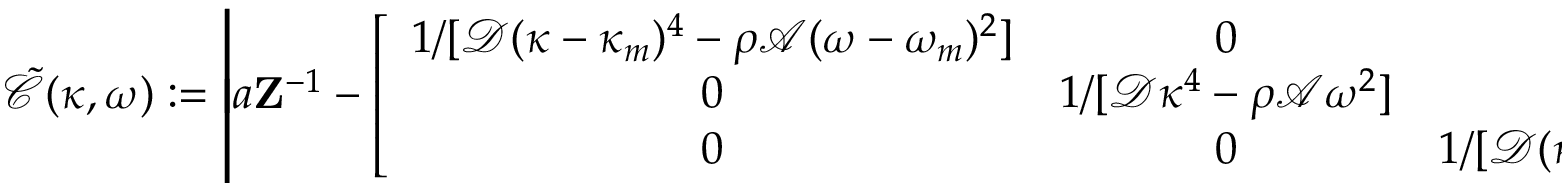
\mathcal { \tilde { C } } ( \kappa , \omega ) : = \left| a \mathbf { Z } ^ { - 1 } - \left[ \begin{array} { c c c } { 1 / [ \mathcal { D } ( \kappa - \kappa _ { m } ) ^ { 4 } - \rho \mathcal { A } ( \omega - \omega _ { m } ) ^ { 2 } ] } & { 0 } & { 0 } \\ { 0 } & { 1 / [ \mathcal { D } \kappa ^ { 4 } - \rho \mathcal { A } \omega ^ { 2 } ] } & { 0 } \\ { 0 } & { 0 } & { 1 / [ \mathcal { D } ( \kappa + \kappa _ { m } ) ^ { 4 } - \rho \mathcal { A } ( \omega + \omega _ { m } ) ^ { 2 } ] } \end{array} \right] \right| = 0 ,